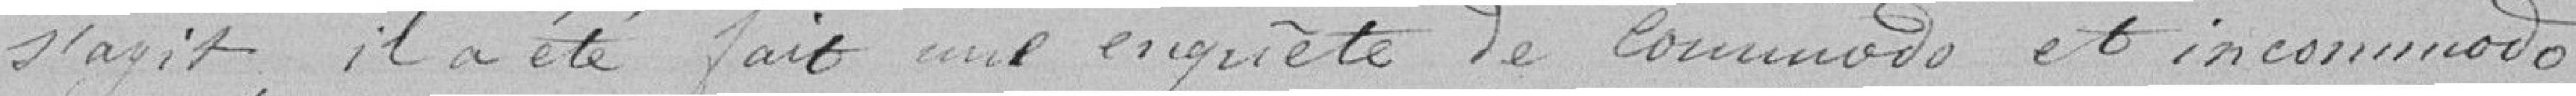
s'agit, il a été fait une enquête commodo et incommodo